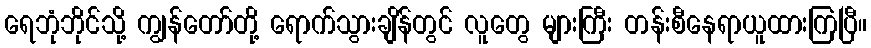
ရေဘုံဘိုင်သို့ ကျွန်တော်တို့ ရောက်သွားချိန်တွင် လူတွေ များကြီး တန်းစီနေရာယူထားကြပြီ။